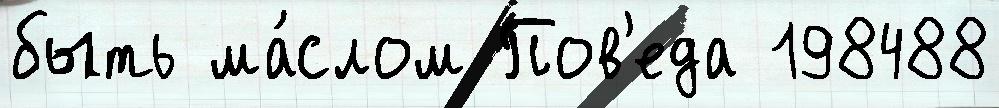
быть ма́слом Пов'еда 198488